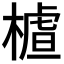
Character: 𣙁